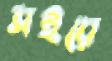
সইয়ে